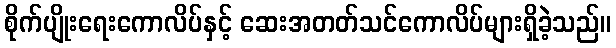
စိုက်ပျိုးရေးကောလိပ်နှင့် ဆေးအတတ်သင်ကောလိပ်များရှိခဲ့သည်။